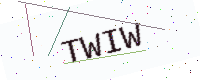
Text: TWIW